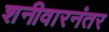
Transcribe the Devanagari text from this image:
शनीवारनंतर